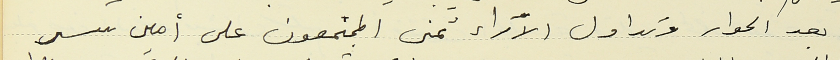
بعد الحوار وتداول الآراء تمنى المجتمعون على أمين سر